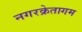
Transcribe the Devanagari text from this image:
नगरक्रेतागम